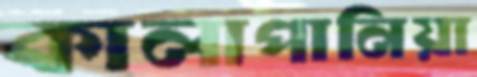
কালাপানিয়া